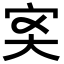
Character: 𡧑